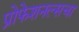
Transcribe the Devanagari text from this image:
प्रोफेशनल्सचा